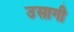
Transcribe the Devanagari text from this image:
उसागी